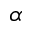
\alpha